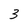
Character: 3